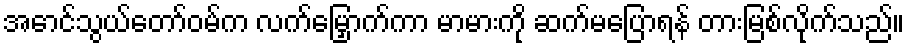
အောင်သွယ်တော်ဝမ်က လက်မြှောက်ကာ မာမားကို ဆက်မပြောရန် တားမြစ်လိုက်သည်။